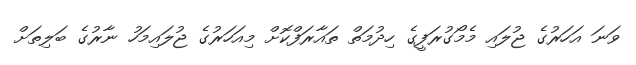
ވަނަ އަހަރުގެ ޖުލައި މެމޯގުރަފީގެ ހިދުމަތް ތައާރަފްކޮށް މިއަހަރުގެ ޖުލައިމަހު ނާރުގެ ބަލިތަށް